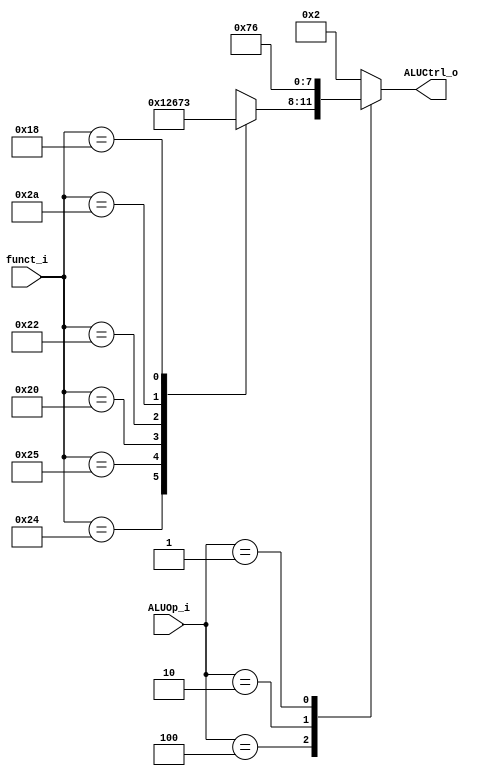
// 0410893

module ALU_Ctrl(
          funct_i,
          ALUOp_i,
          ALUCtrl_o
);
          
//I/O ports 
input      [6-1:0] funct_i;
input      [3-1:0] ALUOp_i;

output     [4-1:0] ALUCtrl_o;    
     
//Internal Signals
reg        [4-1:0] ALUCtrl_o;

//Parameter


//Select exact operation
always@(*)begin
	case(ALUOp_i)
		3'b100:	
		case(funct_i)
		   6'b100100: ALUCtrl_o <= 4'b0000;    // and 0000
                   6'b100101: ALUCtrl_o <= 4'b0001;    // or  0001
                   6'b100000: ALUCtrl_o <= 4'b0010;    // add 0010
                   6'b100010: ALUCtrl_o <= 4'b0110;    // sub 0110
                   6'b101010: ALUCtrl_o <= 4'b0111;    // slt 0111
		   6'b011000: ALUCtrl_o <= 4'b0011;    // mult 0011
                   default:   ALUCtrl_o <= 4'bxxxx;
		endcase
		//addi, lw, sw
		3'b000:	ALUCtrl_o <= 4'b0010;
		//slti
		3'b010:  ALUCtrl_o <= 4'b0111;               
		//beq
		3'b001:	ALUCtrl_o <= 4'b0110;				
		default: ALUCtrl_o <= 4'b0010;
				
	endcase
end
endmodule